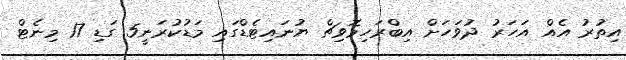
އިތުރު އެއް އަހަރު ދުވަހަށް އިބްރަހިމޮވިޗް ޔުނައިޓެޑްގައި މަޑުކުރަނީ5 ގަޑި 17 މިނެޓް